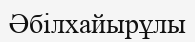
Әбілхайырұлы